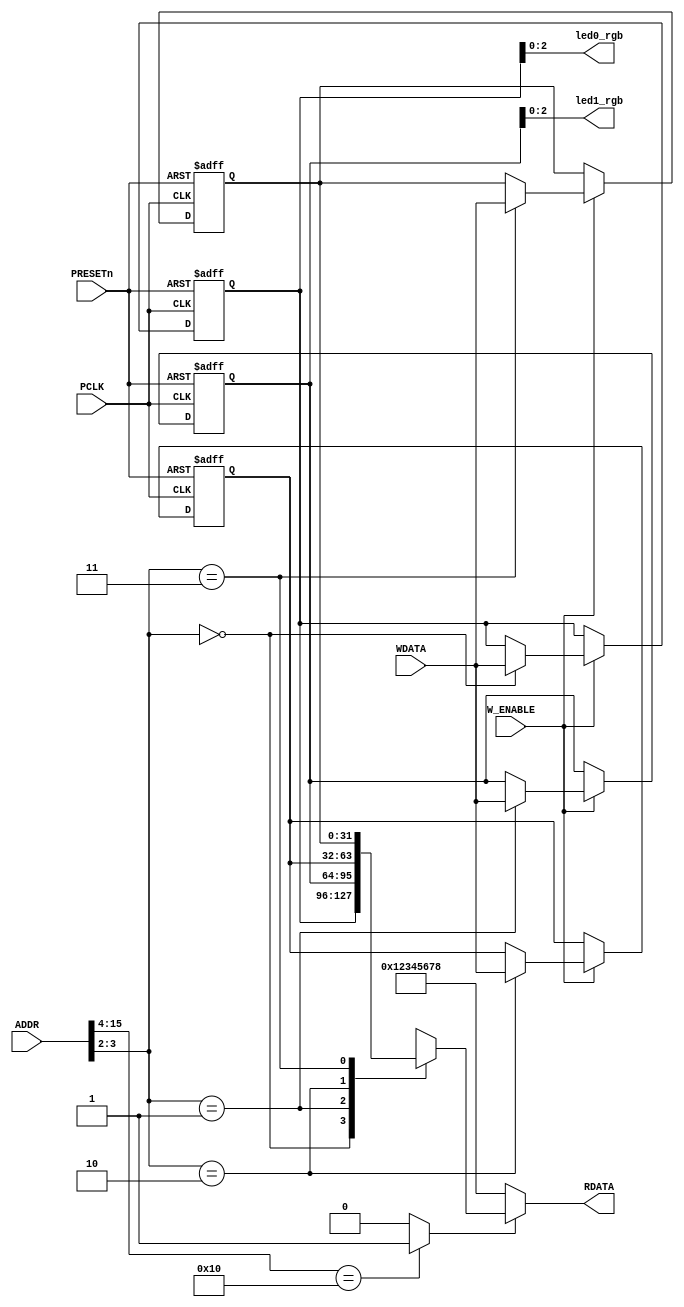
`timescale 1ns/1ps

module Reg_File(PCLK, W_ENABLE, PRESETn, ADDR, WDATA, RDATA, led0_rgb, led1_rgb);
parameter DW = 32;
parameter AW = 16;
parameter NUM = 4;
localparam REG_BASE_ADDR=16'h0100;

input PCLK, W_ENABLE, PRESETn;
input [AW-1:0] ADDR;
input [DW-1:0] WDATA;
output [DW-1:0] RDATA;
output [2:0] led0_rgb, led1_rgb;


reg [DW-1:0] mem [0:NUM-1];

integer i;


wire	b_addr_en;

assign b_addr_en = (ADDR[15:4]==REG_BASE_ADDR[15:4]) ? 1'b1 : 1'b0;

//Write
always @(posedge PCLK, negedge PRESETn) begin
	   if(~PRESETn) begin
			for(i = 0; i < NUM;  i = i + 1) begin
				mem[i] = {DW{1'b0}};
			end
	   end
	   else if(W_ENABLE) begin 
			mem[ADDR[3:2]] <= WDATA;
		end
end


//Read
/*
always @(ADDR, WDATA) begin
	case(ADDR[3:2])
		2'b00: RDATA = mem[0];
		2'b01: RDATA = mem[1];
		2'b10: RDATA = mem[2];
		2'b11: RDATA = mem[3];
	endcase
end
*/
assign RDATA = b_addr_en ? mem[ADDR[3:2]] : 32'h12345678;

wire [31:0] t0, t1;

assign t0 = mem[0];
assign t1 = mem[1];

assign led0_rgb = t0[2:0];
assign led1_rgb = t1[2:0];



endmodule